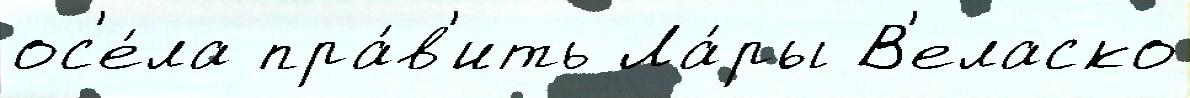
ос'е́ла пра́в'ить Ла́ры В'еласко